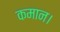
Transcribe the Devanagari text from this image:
कमान।